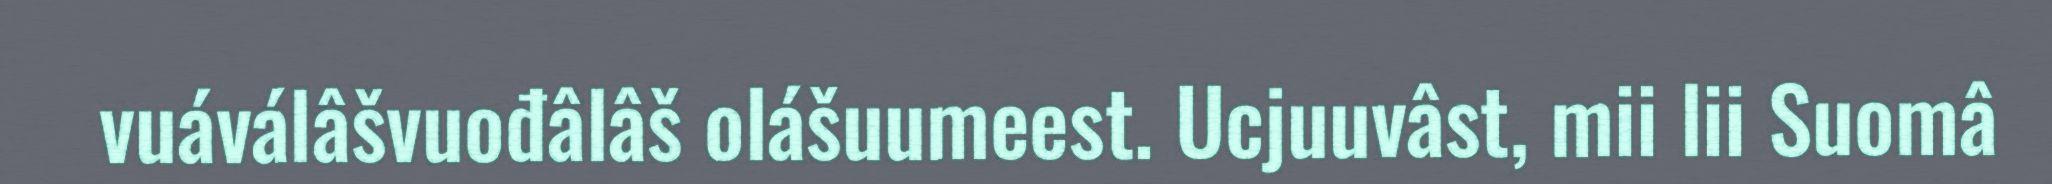
vuáválâšvuođâlâš olášuumeest. Ucjuuvâst, mii lii Suomâ